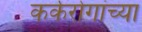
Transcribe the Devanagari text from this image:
कर्करोगांच्या